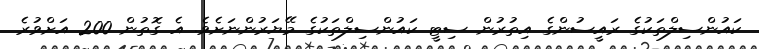
ކައުންސިލްތަކުގެ ރައީސުންގެ އިތުރުން ސިޓީ ކައުންސިލްތަކުގެ މޭޔަރުންނަށެވެ. އެ ގޮތުން 200 އަށްވުރެ